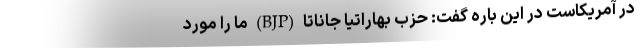
در آمریکاست در این باره گفت: حزب بهاراتیا جاناتا (BJP) ما را مورد